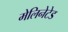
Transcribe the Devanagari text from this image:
मेलिनेटेड